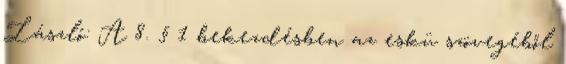
László: A 8. § 1 bekezdésben az eskü szövegéből